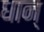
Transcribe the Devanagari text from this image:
धान्